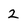
Character: 2